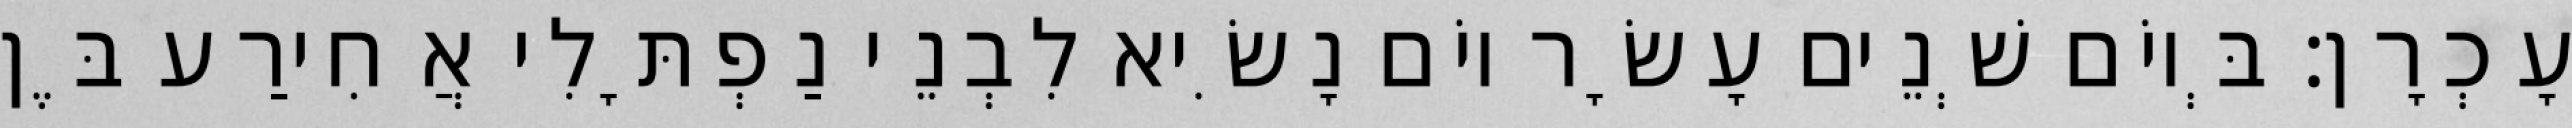
עָכְרָן׃ בְּיוֹם שְׁנֵים עָשָׂר יוֹם נָשִׂיא לִבְנֵי נַפְתָּלִי אֲחִירַע בֶּן